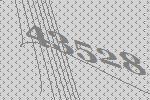
43528